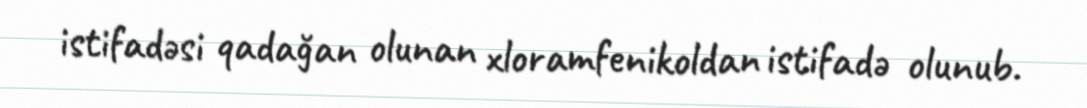
istifadəsi qadağan olunan xloramfenikoldan istifadə olunub.